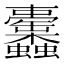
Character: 𧖚